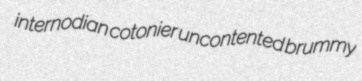
internodian cotonier uncontented brummy